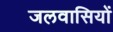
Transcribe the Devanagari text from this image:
जलवासियों